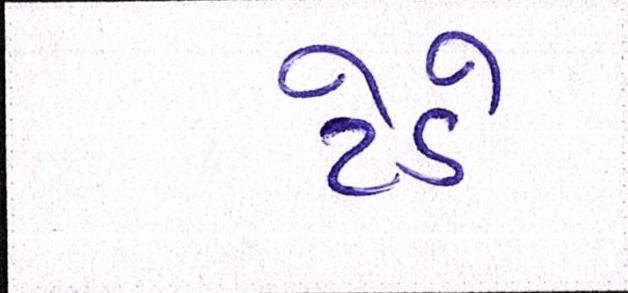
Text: ટેડે